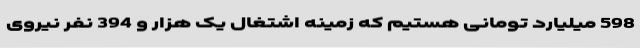
598 میلیارد تومانی هستیم که زمینه اشتغال یک هزار و 394 نفر نیروی